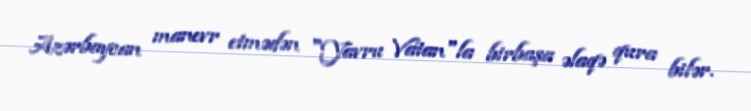
Azərbaycan manevr etmədən "Yavru Vatan"la birbaşa əlaqə qura bilər.